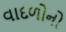
વાદળોનો